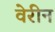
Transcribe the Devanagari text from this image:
वेरीन